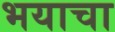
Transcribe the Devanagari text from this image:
भयाचा